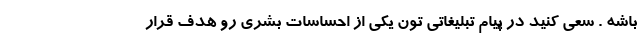
باشه . سعی کنید در پیام تبلیغاتی تون یکی از احساسات بشری رو هدف قرار